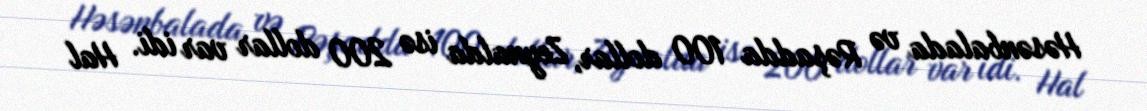
Həsənbalada və Rəşadda 100 dollar, Zeynalda isə 200 dollar var idi. Hal